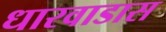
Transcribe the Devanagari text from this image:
धारवाडास